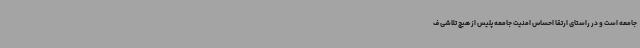
جامعه است و در راستای ارتقا احساس امنیت جامعه پلیس از هیچ تلاشی ف